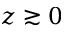
z \gtrsim 0